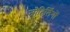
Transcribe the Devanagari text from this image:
जोतिर्लिंगों